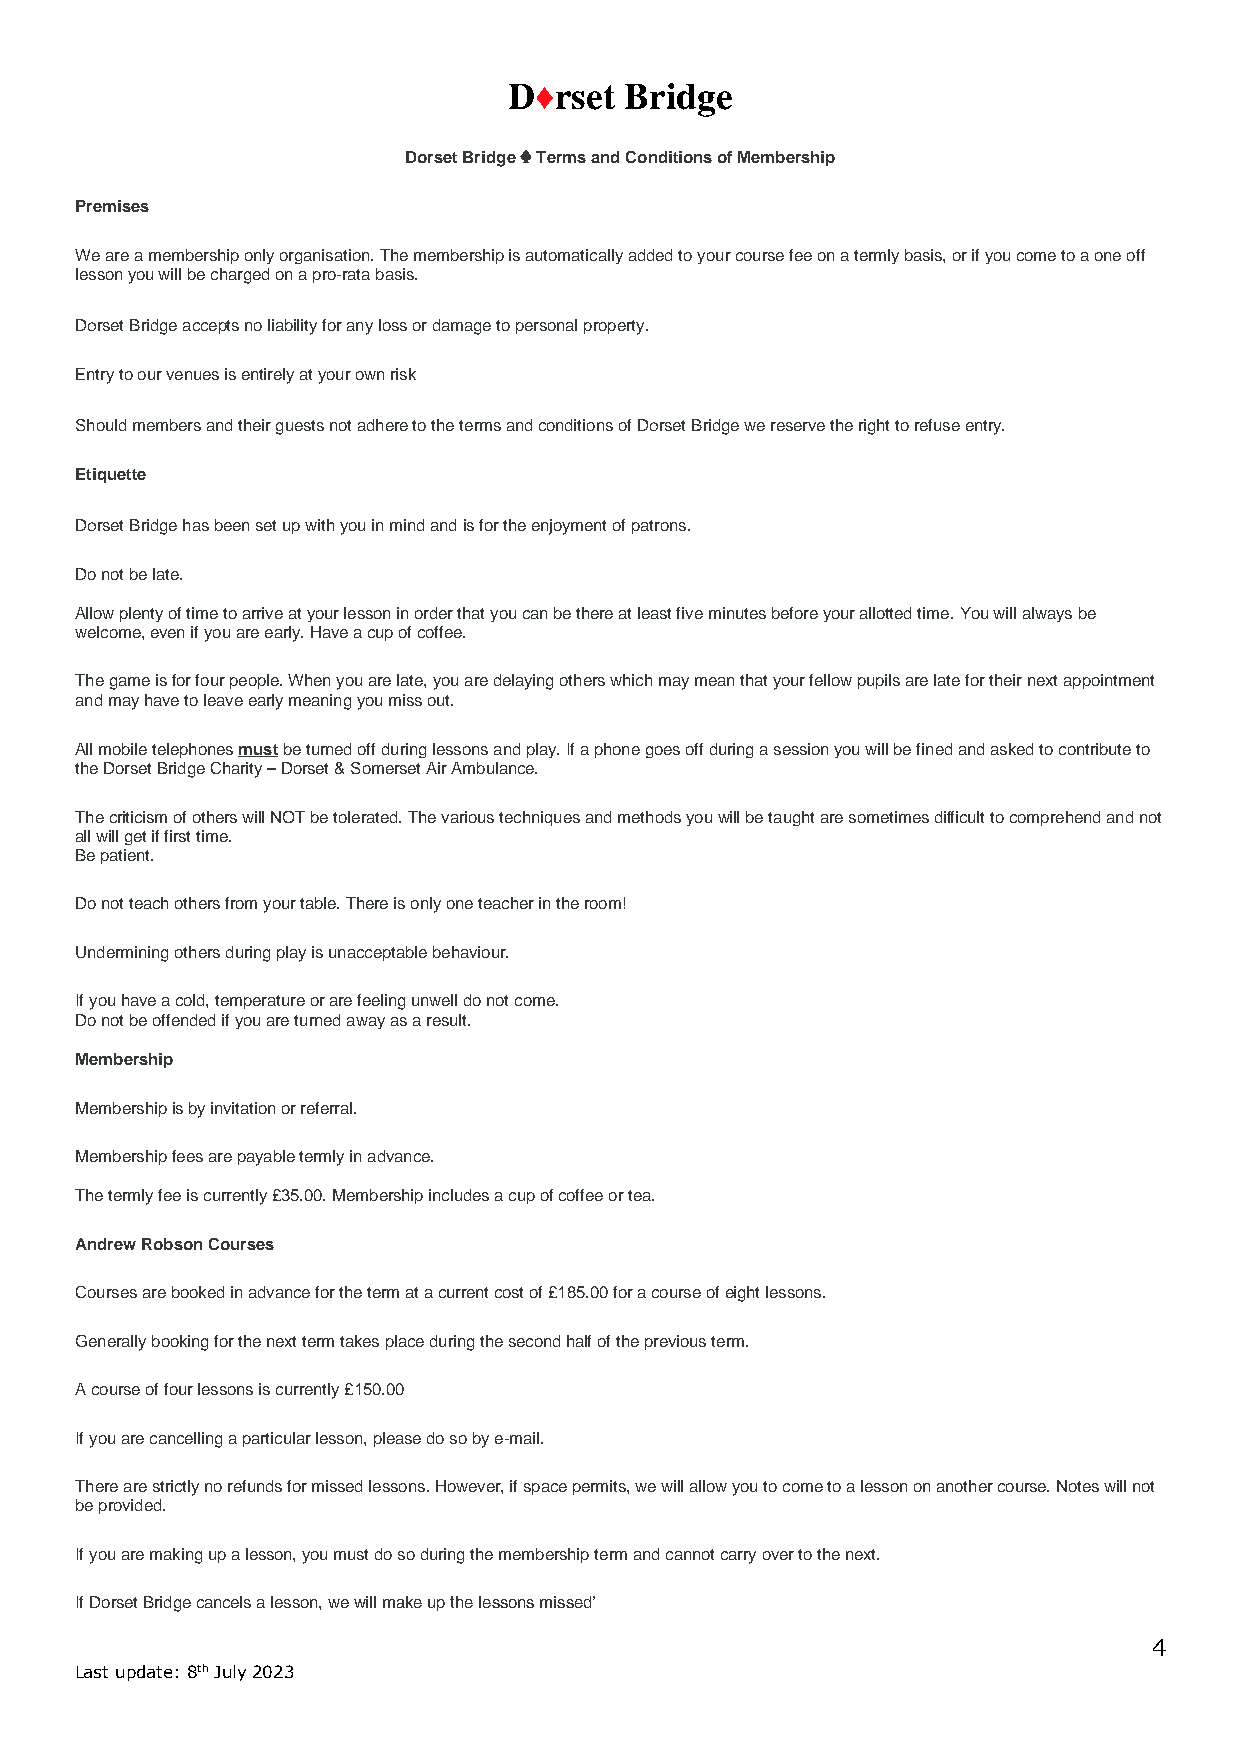
D♦rset Bridge
 Dorset Bridge ♣ Terms and Conditions of Membership
 Premises
 We are a membership only organisation. The membership is automatically added to your course fee on a termly basis, or if you come to a one off
 lesson you will be charged on a pro-rata basis.
 Dorset Bridge accepts no liability for any loss or damage to personal property.
 Entry to our venues is entirely at your own risk
 Should members and their guests not adhere to the terms and conditions of Dorset Bridge we reserve the right to refuse entry.
 Etiquette
 Dorset Bridge has been set up with you in mind and is for the enjoyment of patrons.
 Do not be late.
 Allow plenty of time to arrive at your lesson in order that you can be there at least five minutes before your allotted time. You will always be
 welcome, even if you are early. Have a cup of coffee.
 The game is for four people. When you are late, you are delaying others which may mean that your fellow pupils are late for their next appointment
 and may have to leave early meaning you miss out.
 All mobile telephones must be turned off during lessons and play. If a phone goes off during a session you will be fined and asked to contribute to
 the Dorset Bridge Charity – Dorset & Somerset Air Ambulance.
 The criticism of others will NOT be tolerated. The various techniques and methods you will be taught are sometimes difficult to comprehend and not
 all will get if first time.
 Be patient.
 Do not teach others from your table. There is only one teacher in the room!
 Undermining others during play is unacceptable behaviour.
 If you have a cold, temperature or are feeling unwell do not come.
 Do not be offended if you are turned away as a result.
 Membership
 Membership is by invitation or referral.
 Membership fees are payable termly in advance.
 The termly fee is currently £35.00. Membership includes a cup of coffee or tea.
 Andrew Robson Courses
 Courses are booked in advance for the term at a current cost of £185.00 for a course of eight lessons.
 Generally booking for the next term takes place during the second half of the previous term.
 A course of four lessons is currently £150.00
 If you are cancelling a particular lesson, please do so by e-mail.
 There are strictly no refunds for missed lessons. However, if space permits, we will allow you to come to a lesson on another course. Notes will not
 be provided.
 If you are making up a lesson, you must do so during the membership term and cannot carry over to the next.
 If Dorset Bridge cancels a lesson, we will make up the lessons missed’
 4
 Last update: 8th July 2023